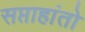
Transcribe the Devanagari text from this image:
सप्ताहांतो